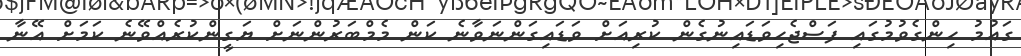
ގައުމު ހިންގެވުމުގައި ފަސްޖެހިވަޑައިނުގެން ކުރިއަށް ވަޑައިގަންނަވާނެ ކަން މެމްބަރުންނަށް ޔަގީންކުރެއްވޭނެ ކަމަށް އޭނާ